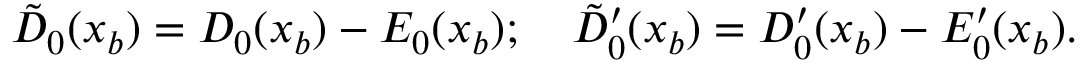
\tilde { D } _ { 0 } ( x _ { b } ) = D _ { 0 } ( x _ { b } ) - E _ { 0 } ( x _ { b } ) ; \quad \tilde { D } _ { 0 } ^ { \prime } ( x _ { b } ) = D _ { 0 } ^ { \prime } ( x _ { b } ) - E _ { 0 } ^ { \prime } ( x _ { b } ) .